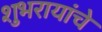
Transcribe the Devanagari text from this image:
शुभरायांचे